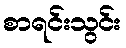
စာရင်းသွင်း